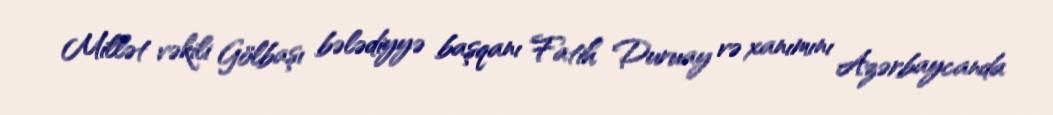
Millət vəkili Gölbaşı bələdiyyə başqanı Fatih Duruay və xanımını Azərbaycanda